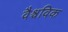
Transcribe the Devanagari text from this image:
वैश्चविक